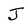
Character: J